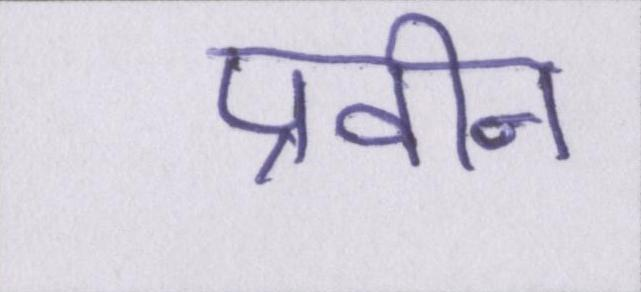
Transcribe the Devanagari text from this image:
प्रवीन